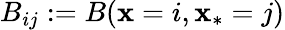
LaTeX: B_{ij}:=B(\mathbf{x}=i,\mathbf{x}_{*}=j)